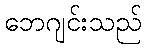
ဘေဂျင်းသည်